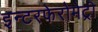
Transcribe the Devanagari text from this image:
इन्टरफेरोमेट्री